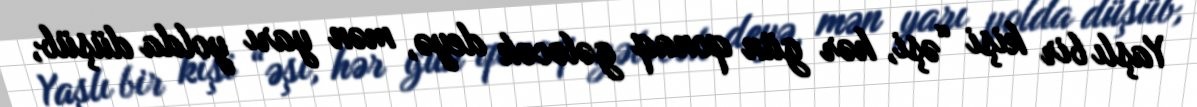
Yaşlı bir kişi “əşi, hər gün qonaq gələcək deyə, mən yarı yolda düşüb,